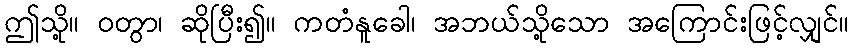
ဤသို့။ ဝတွာ၊ ဆိုပြီး၍။ ကတံနူခေါ၊ အဘယ်သို့သော အကြောင်းဖြင့်လျှင်။